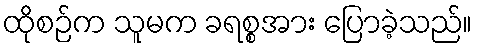
ထိုစဉ်က သူမက ခရစ္စအား ပြောခဲ့သည်။